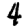
Digit: 4